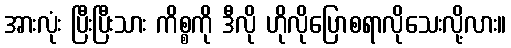
အားလုံး ပြီးပြီးသား ကိစ္စကို ဒီလို ဟိုလိုပြောစရာလိုသေးလို့လား။